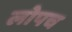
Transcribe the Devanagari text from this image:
लोपच